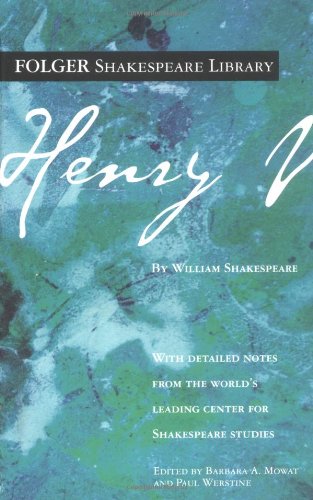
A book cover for Henry V (Folger Shakespeare Library); William Shakespeare; Literature & Fiction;